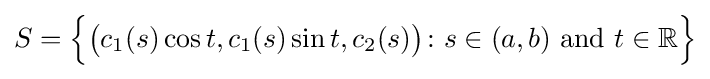
S={\Big \{}{\big (}c_{1}(s)\cos t,c_{1}(s)\sin t,c_{2}(s){\big )}\colon s\in (a,b){\text{ and }}t\in \mathbb {R} {\Big \}}